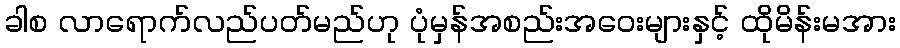
ခါစ လာရောက်လည်ပတ်မည်ဟု ပုံမှန်အစည်းအဝေးများနှင့် ထိုမိန်းမအား